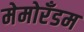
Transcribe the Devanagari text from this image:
मेमोरँडम